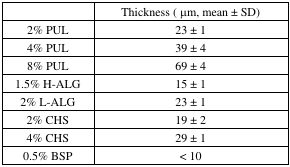
<table><thead><tr><td></td><td><b>Thickness (μm, mean ± SD)</b></td></tr></thead><tbody><tr><td>2% PUL</td><td>23 ± 1</td></tr><tr><td>4% PUL</td><td>39 ± 4</td></tr><tr><td>8% PUL</td><td>69 ± 4</td></tr><tr><td>1.5% H-ALG</td><td>15 ± 1</td></tr><tr><td>2% L-ALG</td><td>23 ± 1</td></tr><tr><td>2% CHS</td><td>19 ± 2</td></tr><tr><td>4% CHS</td><td>29 ± 1</td></tr><tr><td>0.5% BSP</td><td>&lt; 10</td></tr></tbody></table>